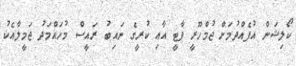
ކޯލިޝަން އުފެއްދުމަށް ޖުމްހޫރީ ޕާޓީ އާއި ކުރީގެ ނައިބު ރައީސް މުހައްމަދު ޖަމީލާއެކު